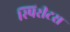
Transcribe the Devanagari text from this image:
स्पिरीटस